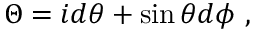
\Theta = i d \theta + \sin \theta d \phi \ ,